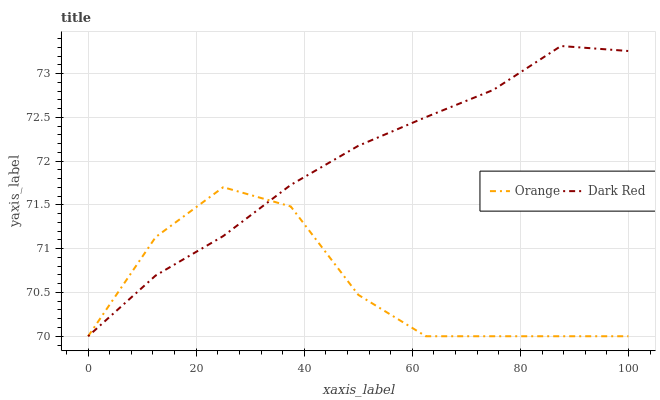
| xaxis_label | Orange | Dark Red |
 | --- | --- | --- |
 | 0 | 70 | 70 |
 | 12.5 | 71.1 | 70.7 |
 | 25 | 71.7 | 71.1 |
 | 37.5 | 71.5 | 71.7 |
 | 50 | 70.5 | 72.2 |
 | 62.5 | 70 | 72.5 |
 | 75 | 70 | 72.8 |
 | 87.5 | 70 | 73.3 |
 | 100 | 70 | 73.3 |